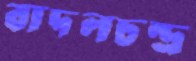
বাদলচন্দ্র